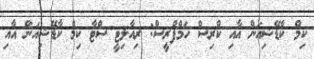
ކިމް ކާޑޭޝިއަން އާއި ކްރިސް ހަމްފްރީސް: ރިއާލިޓީ ސްޓާ ކިމް ކާޑޭޝިއަން އާއި